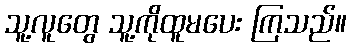
သူ့လူတွေ သူ့ကိုထူမပေး ကြသည်။